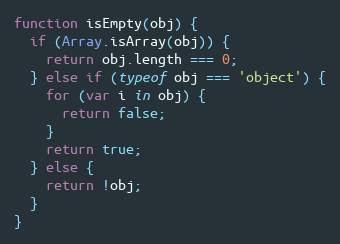
Language: JavaScript
function isEmpty(obj) {
  if (Array.isArray(obj)) {
    return obj.length === 0;
  } else if (typeof obj === 'object') {
    for (var i in obj) {
      return false;
    }
    return true;
  } else {
    return !obj;
  }
}